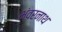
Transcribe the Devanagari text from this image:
भंवरनाथ